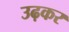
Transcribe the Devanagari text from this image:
उढ़कर